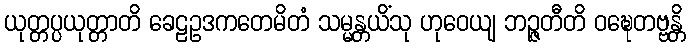
ယုတ္တပ္ပယုတ္တာတိ ခေဠဥဒကတေမိတံ သမ္မန္တယိံသု ဟုဝေယျ ဘဉ္ဇတီတိ ဝဍ္ဎေတဗ္ဗန္တိ